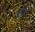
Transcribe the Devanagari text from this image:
ब्र्ह्ष्ट